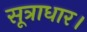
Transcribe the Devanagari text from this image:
सूत्राधार।